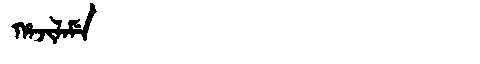
Manchu: ᡥᠠᠵᡳᠯᠠᠮᡝ
Romanization: HAJILAME